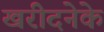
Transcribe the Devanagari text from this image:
खरीदनेके